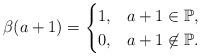
LaTeX: \begin{align*}\beta(a + 1) = \begin{cases} 1, & a + 1 \in \mathbb{P},\\ 0, & a + 1 \not \in \mathbb{P}. \end{cases}\end{align*}